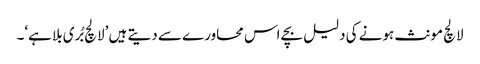
لالچ مونث ہونے کی دلیل بچے اس محاورے سے دیتے ہیں ’لالچ بُری بلا ہے‘۔